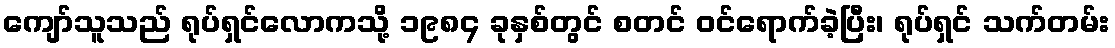
ကျော်သူသည် ရုပ်ရှင်လောကသို့ ၁၉၈၄ ခုနှစ်တွင် စတင် ဝင်ရောက်ခဲ့ပြီး၊ ရုပ်ရှင် သက်တမ်း